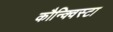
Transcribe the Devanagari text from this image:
कौन्क्विस्टा